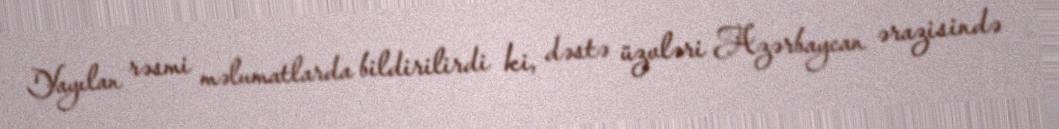
Yayılan rəsmi məlumatlarda bildirilirdi ki, dəstə üzvləri Azərbaycan ərazisində